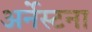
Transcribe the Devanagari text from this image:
अर्नेस्टना